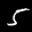
Label: 5